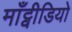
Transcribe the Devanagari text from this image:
माँट्वीडियो